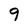
Character: 9